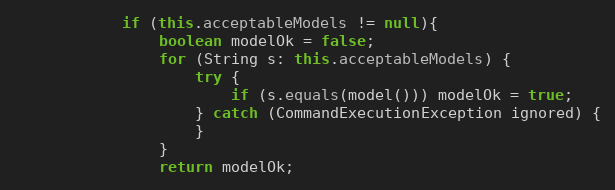
Language: Java
            if (this.acceptableModels != null){
                boolean modelOk = false;
                for (String s: this.acceptableModels) {
                    try {
                        if (s.equals(model())) modelOk = true;
                    } catch (CommandExecutionException ignored) {
                    }
                }
                return modelOk;